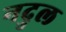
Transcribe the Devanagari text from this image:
नदुल